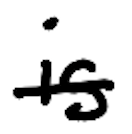
Text: is
Cross-out: single-line
Writing tool: digital_black